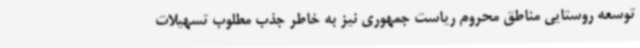
توسعه روستایی مناطق محروم ریاست جمهوری نیز به خاطر جذب مطلوب تسهیلات